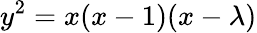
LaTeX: y^{2}=x(x-1)(x-\lambda)